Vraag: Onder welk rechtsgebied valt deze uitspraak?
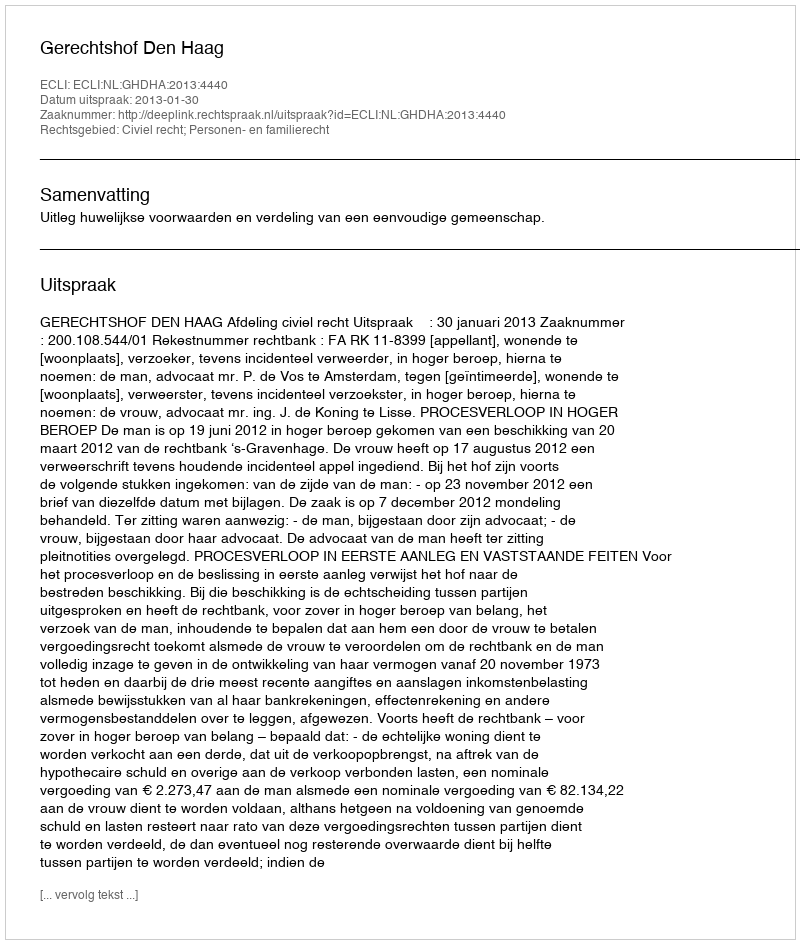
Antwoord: Civiel recht; Personen- en familierecht